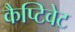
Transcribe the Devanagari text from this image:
कैप्टिवेट